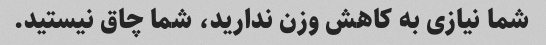
شما نیازی به کاهش وزن ندارید، شما چاق نیستید.